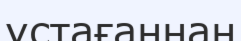
ұстағаннан